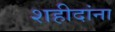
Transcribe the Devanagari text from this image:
शहीदांना